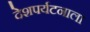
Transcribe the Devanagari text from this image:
देशपर्यटनाला